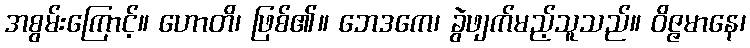
အစွမ်းကြောင့်။ ဟောတိ၊ ဖြစ်၏။ ဘေဒကေ၊ ခွဲဖျက်မည့်သူသည်။ ဝိဇ္ဇမာနေ၊